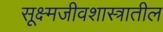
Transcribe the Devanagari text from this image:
सूक्ष्मजीवशास्त्रातील